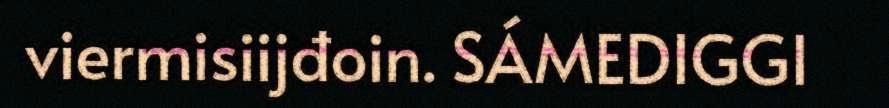
viermisiijđoin. SÁMEDIGGI